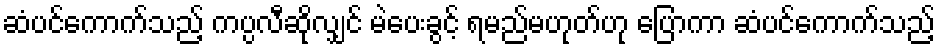
ဆံပင်ကောက်သည့် ကပ္ပလီဆိုလျှင် မဲပေးခွင့် ရမည်မဟုတ်ဟု ပြောကာ ဆံပင်ကောက်သည့်